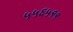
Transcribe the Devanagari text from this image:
५५६५९९